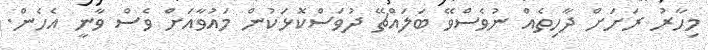
މިހާރު ރަށަށް ދާހިތެއް ނުވެސްވޭ ބަލައްޗޭ ދުވަސްކޮޅަކުން މައުވާއަށް ވެސް ވާނީ އެހެން.